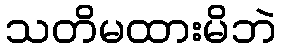
သတိမထားမိဘဲ